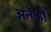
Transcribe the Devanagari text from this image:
अनेकोँ